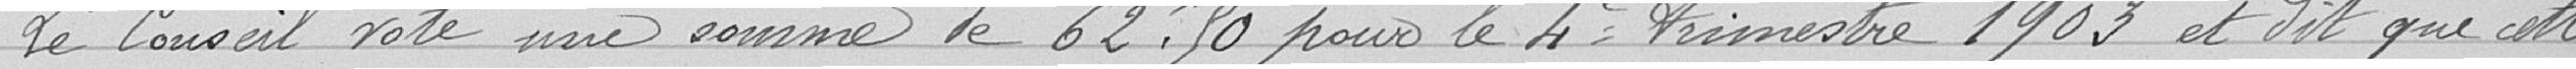
Le Conseil vte une somme de 62,90 pour le 4e trimestre 1903 et dit que cette